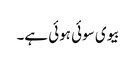
بیوی سوئی ہوئی ہے۔